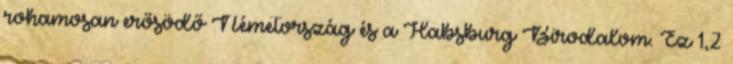
rohamosan erősödő Németország és a Habsburg Birodalom. Ez 1,2